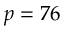
p = 7 6